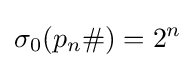
\sigma _{0}(p_{n}\#)=2^{n}